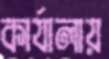
কার্যালায়